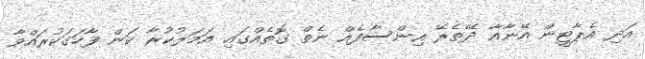
އަދި އެޕާޓީން އޭނާއާ ދޭތެރޭ އިންސާފެއް ނެތް ގޮތެއްގައި އަމަލުކުރާ ކަން ފާހަގަކުރައްވާ